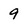
Character: 9